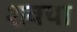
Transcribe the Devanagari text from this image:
शक्या